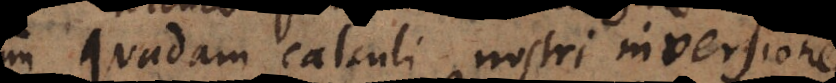
quadam calculi nostri inversione.